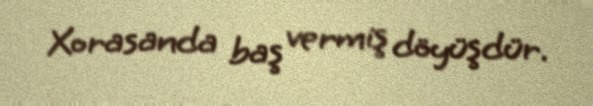
Xorasanda baş vermiş döyüşdür.